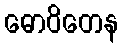
ဓောဝိတေန